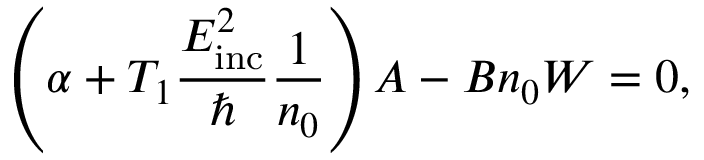
\left( \alpha + T _ { 1 } \frac { E _ { \mathrm { i n c } } ^ { 2 } } { \hbar } \frac { 1 } { n _ { 0 } } \right) A - B n _ { 0 } W = 0 ,